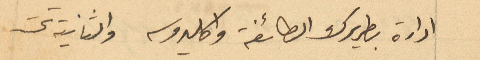
ادارة بطريرك الطائفة واكليروسه والثانية تحت